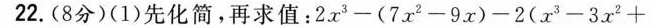
22.(8分)(1)先化简，再求值：$$2 x ^ { 3 } - ( 7 x ^ { 2 } - 9 x ) - 2 ( x ^ { 3 } - 3 x ^ { 3 } +$$